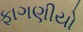
ફાગણીયો